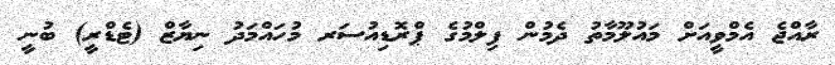
ރާއްޖެ އެމްވީއަށް މައުލޫމާތު ދެމުން ފިލްމުގެ ޕްރޮޑިއުސަރ މުހައްމަދު ނިޔާޒް (ޓެޑްރީ) ބުނީ